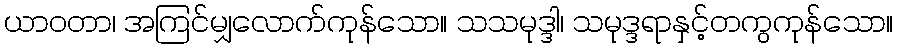
ယာဝတာ၊ အကြင်မျှလောက်ကုန်သော။ သသမုဒ္ဒါ၊ သမုဒ္ဒရာနှင့်တကွကုန်သော။